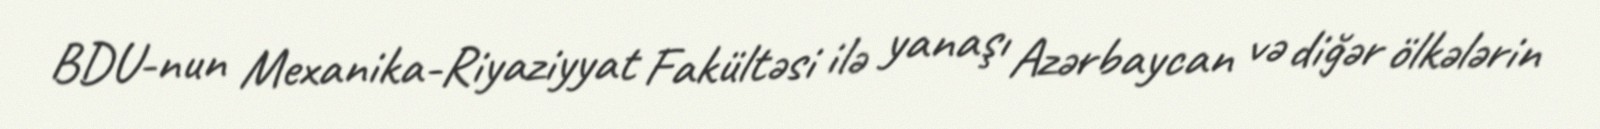
BDU-nun Mexanika-Riyaziyyat Fakültəsi ilə yanaşı Azərbaycan və diğər ölkələrin